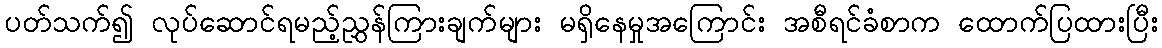
ပတ်သက်၍ လုပ်ဆောင်ရမည့်ညွှန်ကြားချက်များ မရှိနေမှုအကြောင်း အစီရင်ခံစာက ထောက်ပြထားပြီး